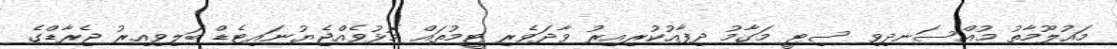
މައުލޫމާތު މުއްސަނދިވި ސިޓީ މަގާމު ދިފާއުކުރިއިރު ވާދަވެރި ޓީމުތައް މޮޅުވެއްޖެޔުނައިޓެޑް ބަލިވިިއިރު ޖެރާޑްގެ